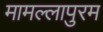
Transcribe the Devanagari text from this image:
मामल्‍लापुरम